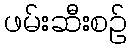
ဖမ်းဆီးစဉ်